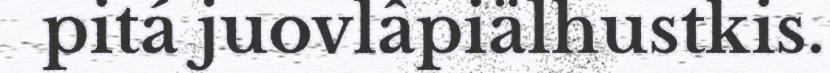
pitá juovlâpiälhustkis.